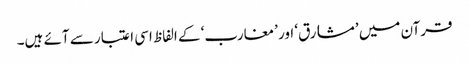
قرآن میں ’مشارق‘ اور ’مغارب‘ کے الفاظ اسی اعتبار سے آئے ہیں۔